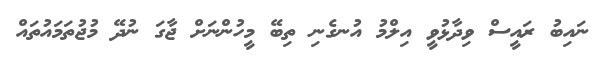
ނައިބު ރައީސް ވިދާޅުވީ އިލްމު އުނގެނި ތިބޭ މީހުންނަށް ޖާގަ ނުދޭ މުޖުތަމައުތައް